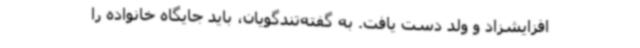
افزایشزاد و ولد دست یافت. به گفته‌تندگویان، باید جایگاه خانواده را